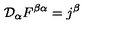
{ \cal D } _ { \alpha } F ^ { \beta \alpha } = j ^ { \beta }